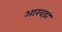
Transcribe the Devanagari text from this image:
आखड़ा